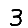
Digit: 3